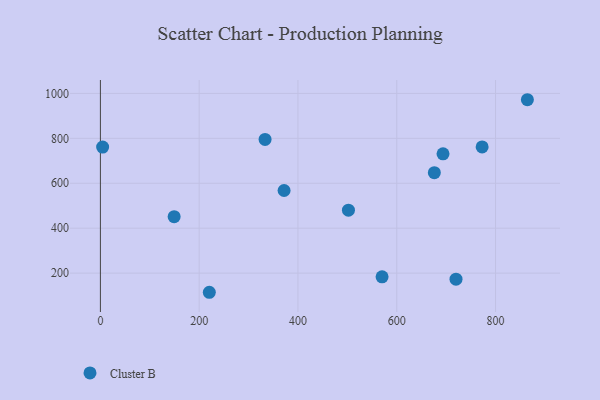
{"axis": {"x": "Experience", "y": "Fuel Efficiency"}, "legend": ["Cluster B"], "data": [{"x": "720.0", "y": 173.3, "type": "Cluster B"}, {"x": "220.5", "y": 114.8, "type": "Cluster B"}, {"x": "864.5", "y": 971.8, "type": "Cluster B"}, {"x": "149.3", "y": 451.3, "type": "Cluster B"}, {"x": "693.7", "y": 730.8, "type": "Cluster B"}, {"x": "371.9", "y": 567.7, "type": "Cluster B"}, {"x": "772.9", "y": 761.9, "type": "Cluster B"}, {"x": "676.1", "y": 647.1, "type": "Cluster B"}, {"x": "4.5", "y": 761.1, "type": "Cluster B"}, {"x": "502.2", "y": 480.4, "type": "Cluster B"}, {"x": "570.3", "y": 183.4, "type": "Cluster B"}, {"x": "333.4", "y": 795.3, "type": "Cluster B"}]}